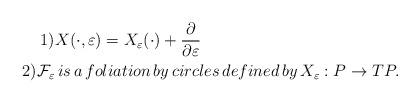
LaTeX: \begin{align*}1) &X(\cdot , \varepsilon) = X_{\varepsilon}(\cdot) + \frac{\partial}{\partial \varepsilon} \\2) \mathcal{F}_{\varepsilon} & \, is \, a \, foliation \, by \, circles \, defined \, by \, X_{\varepsilon} : P \rightarrow TP .\end{align*}